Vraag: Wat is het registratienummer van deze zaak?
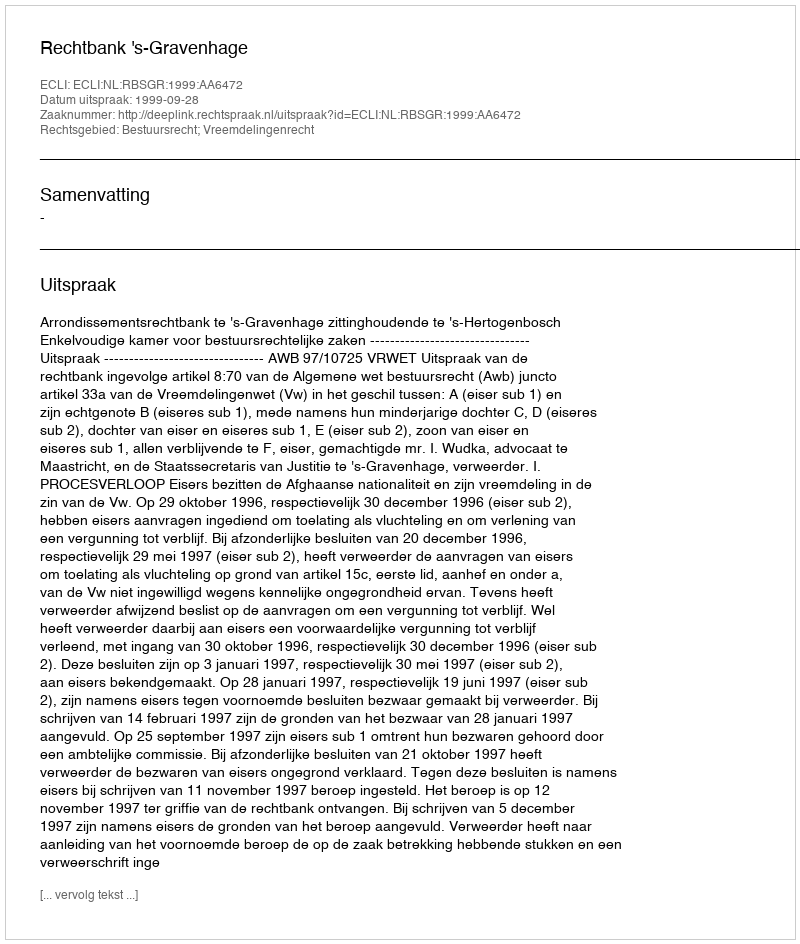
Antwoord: http://deeplink.rechtspraak.nl/uitspraak?id=ECLI:NL:RBSGR:1999:AA6472